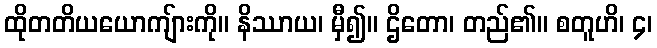
ထိုတတိယယောကျ်ားကို။ နိဿာယ၊ မှီ၍။ ဌိတော၊ တည်၏။ စတူဟိ၊ ၄၊